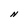
Character: N